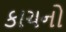
કાચનો